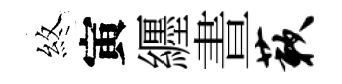
煞寅纒晝蔌